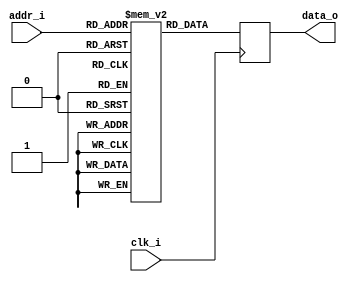
module ram_init
(
  clk_i, addr_i, data_o
);

  localparam CACHE_LINE   = 128;
  localparam CACHE_DEPTH  = 32;
  localparam DATA_WIDTH   = 32;
  localparam ADDR_WIDTH   = $clog2(CACHE_DEPTH);
  localparam N_DATA_LINE  = CACHE_LINE / DATA_WIDTH;

  input                         clk_i;
  input       [ADDR_WIDTH-1:0]  addr_i;
  output reg  [CACHE_LINE-1:0]  data_o;

  integer i, j;

  reg [CACHE_LINE-1:0]  cache_mem [CACHE_DEPTH-1:0];

  initial begin
    for(i=0; i<CACHE_DEPTH; i=i+1) begin
      for(j=0; j<N_DATA_LINE; j=j+1) begin
        cache_mem[i][(j*DATA_WIDTH)+:DATA_WIDTH] = (i*N_DATA_LINE) + j;
      end
    end
  end

  always @ (posedge clk_i) begin
    data_o  <= cache_mem[addr_i];
  end

endmodule // ram_init